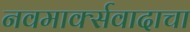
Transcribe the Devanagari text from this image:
नवमार्क्सवादाचा